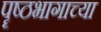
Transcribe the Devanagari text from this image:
पॄष्ठभागाच्या